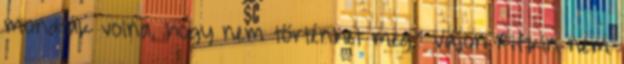
mondták volna, hogy nem történhet meg." Vajon Rifkin nem